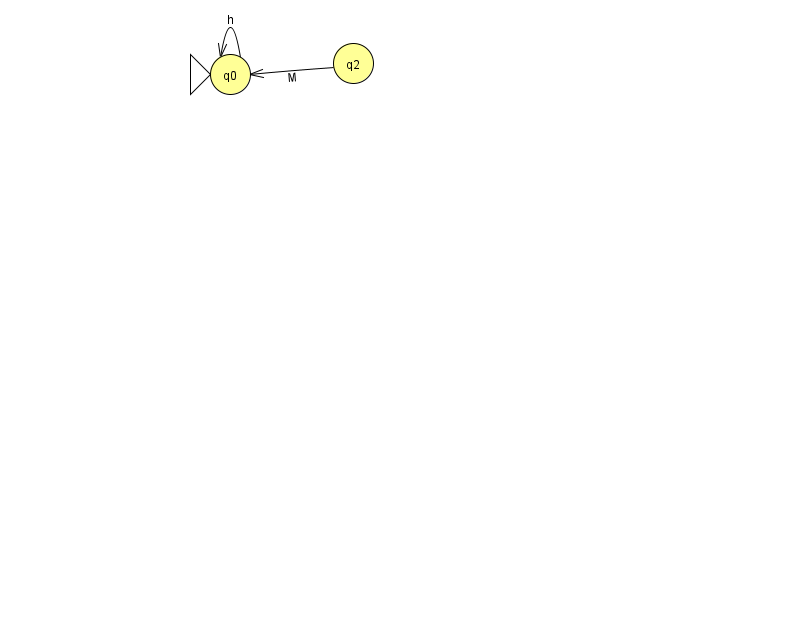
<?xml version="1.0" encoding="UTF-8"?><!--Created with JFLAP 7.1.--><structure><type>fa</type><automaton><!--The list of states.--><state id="0" name="q0"><x>230.0</x><y>61.0</y><initial/></state><state id="2" name="q2"><x>353.0</x><y>50.0</y></state><!--The list of transitions.--><transition><from>0</from><to>0</to><read>h</read></transition><transition><from>2</from><to>0</to><read>M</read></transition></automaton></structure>